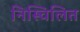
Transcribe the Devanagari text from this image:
निस्चिलित